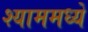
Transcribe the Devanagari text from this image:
श्याममध्ये